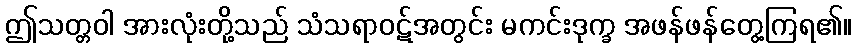
ဤသတ္တဝါ အားလုံးတို့သည် သံသရာဝဋ်အတွင်း မကင်းဒုက္ခ အဖန်ဖန်တွေ့ကြရ၏။